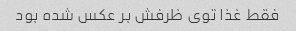
فقط غذا توی ظرفش بر عکس شده بود